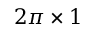
2 \pi \times 1